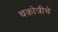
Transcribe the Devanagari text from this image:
चकोत्रीचे